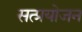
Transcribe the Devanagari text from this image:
सत्प्रयोजन